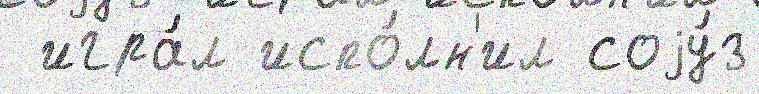
 игра́л испо́лн'ил соjу́з